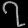
Digit: ၇